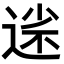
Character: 𡮗